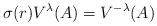
LaTeX: \begin{align*}\sigma(r)V^{\lambda}(A)=V^{-\lambda}(A)\end{align*}